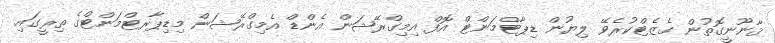
ޤާނޫނީގޮތުން ގެޒެޓްކުރެވޭ ލިޔުން ޑިޕާޓްމަންޓް އޮފް އިމިގްރޭޝަން އެންޑް އެމިގްރޭޝަން މިޑިޕާރޓްމަންޓްގެ ތިރީގައި